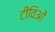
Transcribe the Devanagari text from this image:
टीविओं